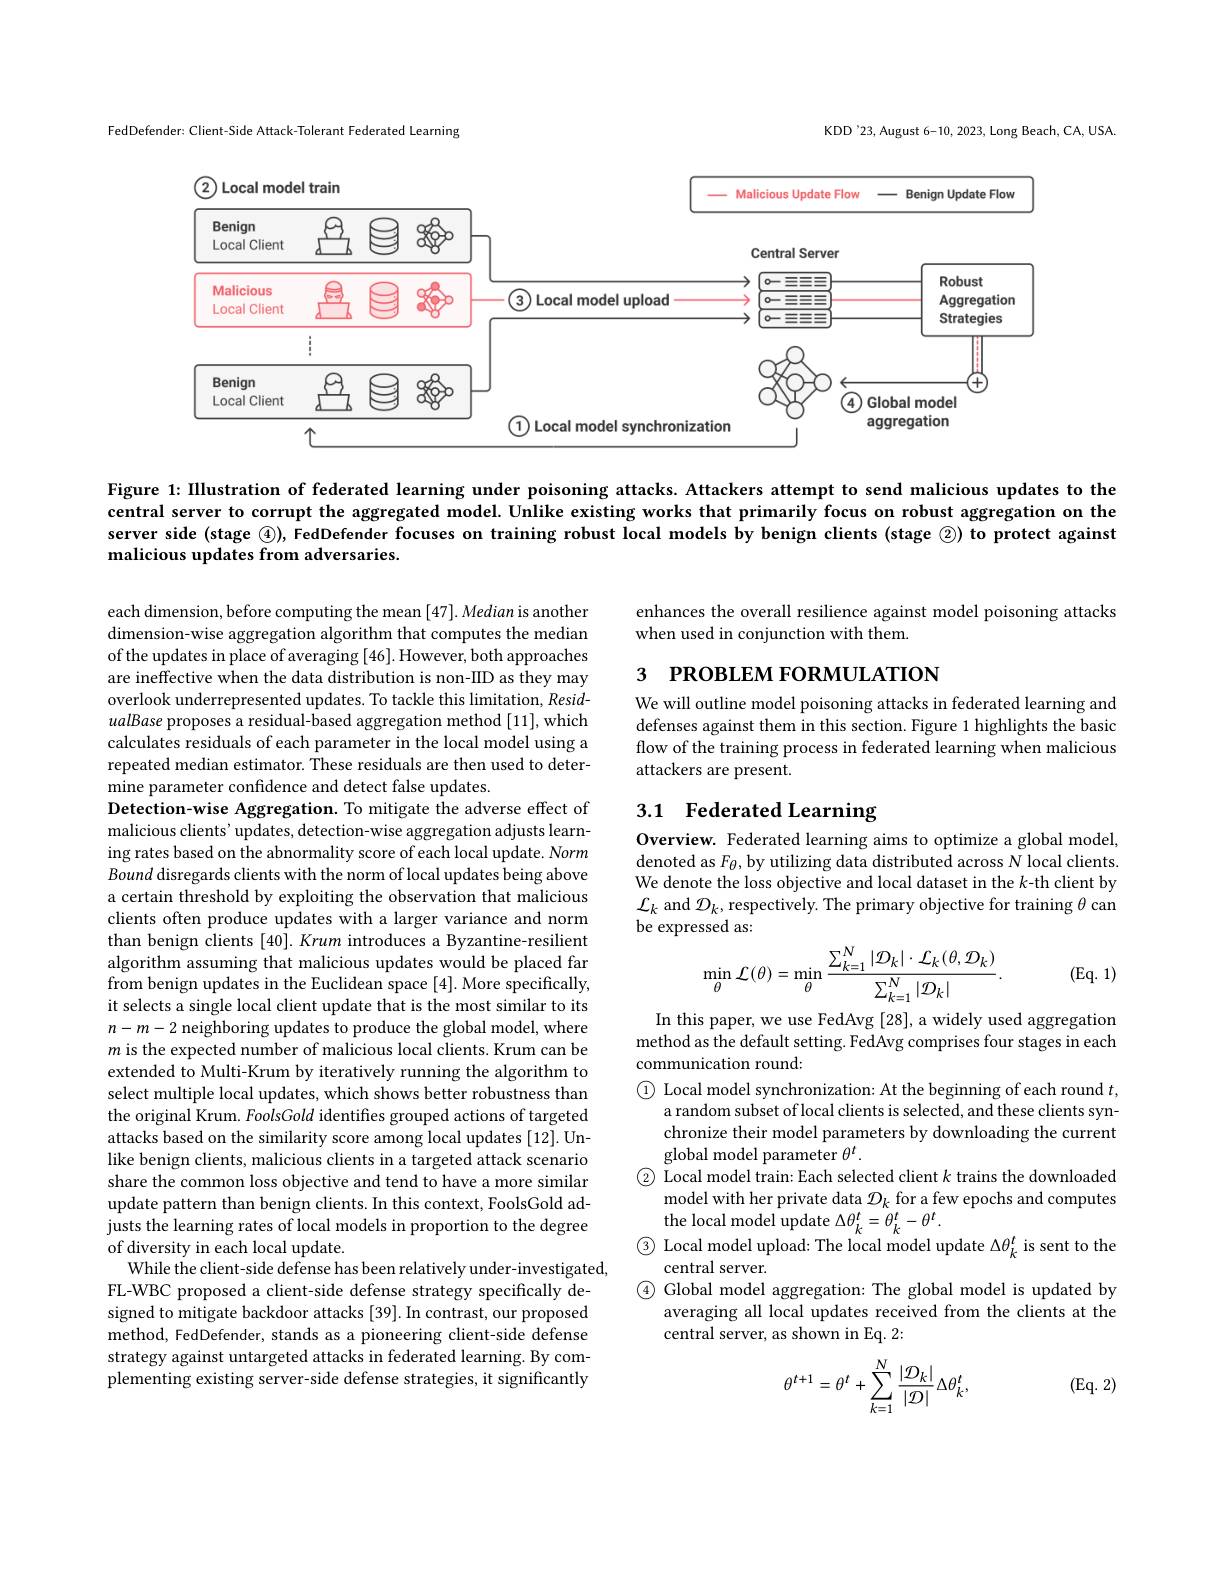
FedDefender: Client-Side Attack-Tolerant Federated Learning

KDD'23, August 6-10, 2023, Long Beach, CA, USA.

<FigureHere>

Figure 1: IIlustration of federated learning under poisoning attacks. Attackers attempt to send malicious updates to the central server to corrupt the aggregated model. Unlike existing works that primarily focus on robust aggregation on the server side (stage $\textcircled{4})$, FedDefender focuses on training robust local models by benign clients (stage ©) to protect against malicious updates from adversaries.

enhances the overall resilience against model poisoning attacks
when used in conjunction with them.

# з РROвLEМ FORMULATION

We will outline model poisoning attacks in federated learning and defenses against them in this section. Figure 1 highlights the basic flow of the training process in federated learning when malicious attackers are present.

# 3.1 Federated Learning

Overview. Federated learning aims to optimize a global model, denoted as $F_\theta$, by utilizing data distributed across N local clients We denote the loss objective and local dataset in the $k$-th client by $\mathcal{L}_k$ and $\mathcal{D}_k$, respectively. The primary objective for training $\theta$ can be expressed as:
$$\min_{\theta}\mathcal{L}(\theta)=\min_{\theta}\frac{\sum_{k=1}^{N}|\mathcal{D}_{k}|\cdot\mathcal{L}_{k}(\theta,\mathcal{D}_{k})}{\sum_{k=1}^{N}|\mathcal{D}_{k}|}.$$
$(Eq.1)$

each dimension, before computing the mean $[ 47] . \textit{Median is another}$ dimension-wise aggregation algorithm that computes the median of the updates in place of averaging [46]. However, both approaches are ineffective when the data distribution is non-IID as they may overlook underrepresented updates. To tackle this limitation, ResidualBase proposes a residual-based aggregation method [11], which calculates residuals of each parameter in the local model using a repeated median estimator. These residuals are then used to determine parameter confidence and detect false updates.
Detection-wise Aggregation. To mitigate the adverse effect of malicious clients' updates, detection-wise aggregation adjusts learning rates based on the abnormality score of each local update. Norm Bound disregards clients with the norm of local updates being above a certain threshold by exploiting the observation that malicious clients often produce updates with a larger variance and norm than benign clients [40]. Krum introduces a Byzantine-resilient algorithm assuming that malicious updates would be placed far from benign updates in the Euclidean space [4]. More specifically, it selects a single local client update that is the most similar to its $n-m-2$ neighboring updates to produce the global model, where $m$ is the expected number of malicious local clients. Krum can be extended to Multi-Krum by iteratively running the algorithm to select multiple local updates, which shows better robustness than the original Krum. FoolsGold identifies grouped actions of targeted attacks based on the similarity score among local updates [12]. Unlike benign clients, malicious clients in a targeted attack scenario share the common loss objective and tend to have a more similar update pattern than benign clients. In this context, FoolsGold adjusts the learning rates of local models in proportion to the degree of diversity in each local update.
While the client-side defense has been relatively under-investigated,
FL-WBC proposed a client-side defense strategy specifically designed to mitigate backdoor attacks [39]. In contrast, our proposed method, FedDefender, stands as a pioneering client-side defense strategy against untargeted attacks in federated learning. By complementing existing server-side defense strategies, it significantly

In this paper, we use FedAvg [28], a widely used aggregation method as the default setting. FedAvg comprises four stages in each communication round:
$\textcircled{1}$ Local model synchronization: At the beginning of each round $t$,
a random subset of local clients is selected, and these clients synchronize their model parameters by downloading the current global model parameter $\theta^t.$
$\textcircled{2}$ Local model train: Each selected client $k$ trains the downloaded
model with her private data $\mathcal{D}_k$ for a few epochs and computes
the local model update $\Delta\theta_k^t=\theta_k^t-\theta^t.$
$\textcircled{3}$ Local model upload: The local model update $\Delta\theta_k^t$ is sent to the
central server.
$\textcircled{4}$ Global model aggregation: The global model is updated by
averaging all local updates received from the clients at the
central server, as shown in Eq. 2:

$(Eq.2)$
$$\theta^{t+1}=\theta^{t}+\sum_{k=1}^{N}\frac{|\mathcal{D}_{k}|}{|\mathcal{D}|}\Delta\theta_{k}^{t},$$